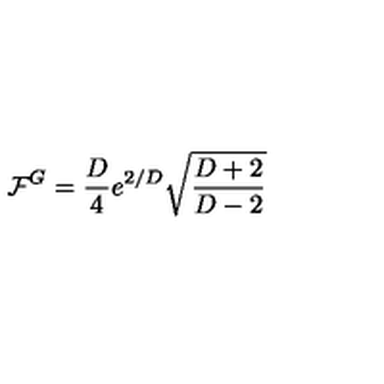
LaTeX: \mathcal { F } ^ { G } = \frac { D } { 4 } e ^ { 2 / D } \sqrt { \frac { D + 2 } { D - 2 } }